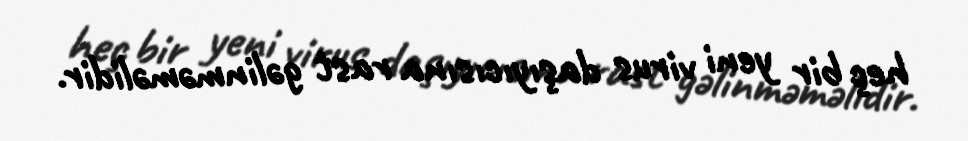
heç bir yeni virus daşıyıcısına rast gəlinməməlidir.